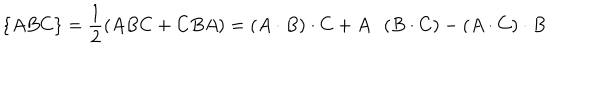
\{ A B C \} = \frac { 1 } { 2 } ( A B C + C B A ) = ( A \cdot B ) \cdot C + A \cdot ( B \cdot C ) - ( A \cdot C ) \cdot B